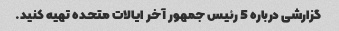
گزارشی درباره 5 رئیس جمهور آخر ایالات متحده تهیه کنید.